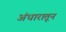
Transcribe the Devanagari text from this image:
अंधारातून